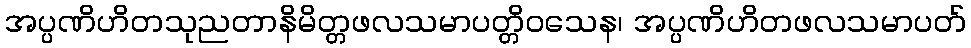
အပ္ပဏိဟိတသုညတာနိမိတ္တဖလသမာပတ္တိဝသေန၊ အပ္ပဏိဟိတဖလသမာပတ်